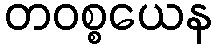
တဝစ္စယေန